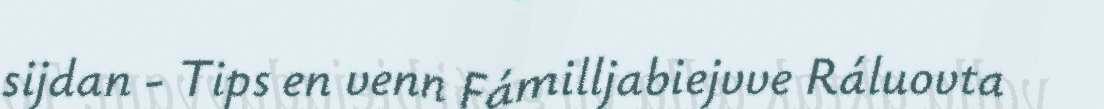
sijdan - Tips en venn Fámilljabiejvve Ráluovta